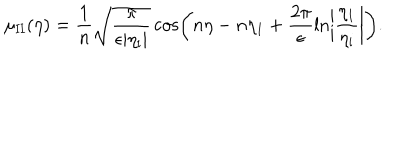
LaTeX: \mu _ { \mathrm { I I } } ( \eta ) = \frac { 1 } { n } \sqrt { \frac { \pi } { \epsilon \vert \eta _ { \mathrm { i } } \vert } } \cos \biggl ( n \eta - n \eta _ { 1 } + \frac { 2 \pi } { \epsilon } \ln \biggl \vert \frac { \eta _ { 1 } } { \eta _ { \mathrm { i } } } \biggr \vert \biggr ) .